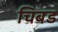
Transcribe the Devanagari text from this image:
चिबड